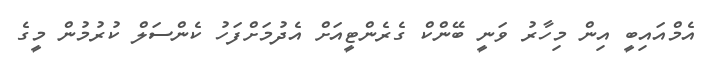
އެމްއައިބީ އިން މިހާރު ވަނީ ބޭންކް ގެރެންޓީއަށް އެދުމަށްފަހު ކެންސަލް ކުރުމުން މީގެ